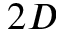
2 D